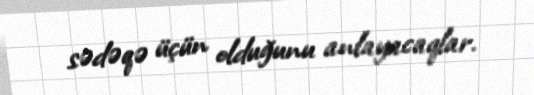
sədəqə üçün olduğunu anlayacaqlar.